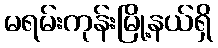
မရမ်းကုန်းမြို့နယ်ရှိ